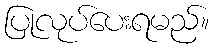
ပြုလုပ်ပေးရမည်။